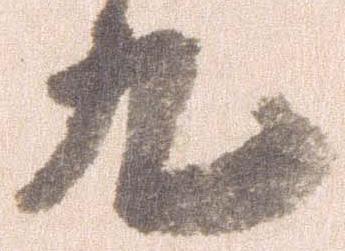
九